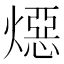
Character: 𪹪